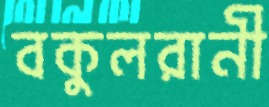
বকুলরানী